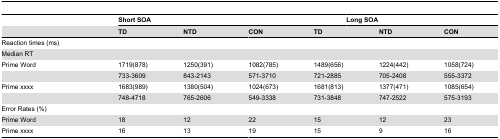
<table><thead><tr><td>[EMPTY_CELL]</td><td colspan="4"><b>Short SOA</b></td><td colspan="3"><b>Long SOA</b></td></tr><tr><td>[EMPTY_CELL]</td><td><b>TD</b></td><td><b>NTD</b></td><td><b>CON</b></td><td colspan="2"><b>TD</b></td><td><b>NTD</b></td><td><b>CON</b></td></tr></thead><tbody><tr><td>Reaction times (ms)</td><td>[EMPTY_CELL]</td><td>[EMPTY_CELL]</td><td>[EMPTY_CELL]</td><td colspan="2">[EMPTY_CELL]</td><td>[EMPTY_CELL]</td><td>[EMPTY_CELL]</td></tr><tr><td>Median RT</td><td>[EMPTY_CELL]</td><td>[EMPTY_CELL]</td><td>[EMPTY_CELL]</td><td colspan="2">[EMPTY_CELL]</td><td>[EMPTY_CELL]</td><td>[EMPTY_CELL]</td></tr><tr><td>Prime Word</td><td>1719(878)</td><td>1250(391)</td><td>1082(785)</td><td colspan="2">1489(656)</td><td>1224(442)</td><td>1058(724)</td></tr><tr><td>[EMPTY_CELL]</td><td>733-3609</td><td>843-2143</td><td>571-3710</td><td colspan="2">721-2885</td><td>705-2408</td><td>555-3372</td></tr><tr><td>Prime xxxx</td><td>1683(989)</td><td>1380(504)</td><td>1024(673)</td><td colspan="2">1681(813)</td><td>1377(471)</td><td>1085(654)</td></tr><tr><td>[EMPTY_CELL]</td><td>748-4718</td><td>765-2606</td><td>549-3338</td><td colspan="2">731-3848</td><td>747-2522</td><td>575-3193</td></tr><tr><td>Error Rates (%)</td><td>[EMPTY_CELL]</td><td>[EMPTY_CELL]</td><td>[EMPTY_CELL]</td><td colspan="2">[EMPTY_CELL]</td><td>[EMPTY_CELL]</td><td>[EMPTY_CELL]</td></tr><tr><td>Prime Word</td><td>18</td><td>12</td><td>22</td><td colspan="2">15</td><td>12</td><td>23</td></tr><tr><td>Prime xxxx</td><td>16</td><td>13</td><td>19</td><td colspan="2">15</td><td>9</td><td>16</td></tr></tbody></table>